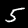
Label: 5